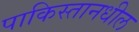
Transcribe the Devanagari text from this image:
पाकिस्तानधील